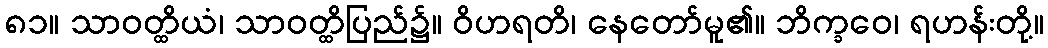
၈၁။ သာဝတ္ထိယံ၊ သာဝတ္ထိပြည်၌။ ဝိဟရတိ၊ နေတော်မူ၏။ ဘိက္ခဝေ၊ ရဟန်းတို့။